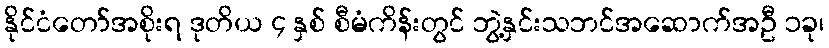
နိုင်ငံတော်အစိုးရ ဒုတိယ ၄ နှစ် စီမံကိန်းတွင် ဘွဲ့နှင်းသဘင်အဆောက်အဦ ၁ခု၊